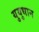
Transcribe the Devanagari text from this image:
युयुधान